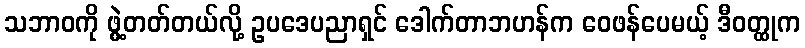
သဘာဝကို ဖွဲ့တတ်တယ်လို့ ဥပဒေပညာရှင် ဒေါက်တာဘဟန်က ဝေဖန်ပေမယ့် ဒီဝတ္ထုက